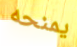
يمنحه